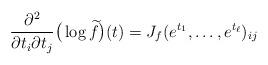
LaTeX: \begin{align*}\frac{\partial^2 } {\partial t_i\partial t_j }\big(\log \widetilde f\big)(t) =J_f(e^{t_1}, \ldots, e^{t_\ell})_{ij}\end{align*}